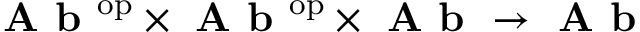
{ \textbf { A b } } ^ { \mathrm { o p } } \times { \textbf { A b } } ^ { \mathrm { o p } } \times { \textbf { A b } } \to { \textbf { A b } }